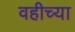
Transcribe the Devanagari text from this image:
वहीच्या